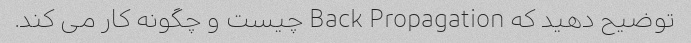
توضیح دهید که Back Propagation چیست و چگونه کار می کند.